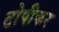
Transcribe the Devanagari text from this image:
टोपीकर